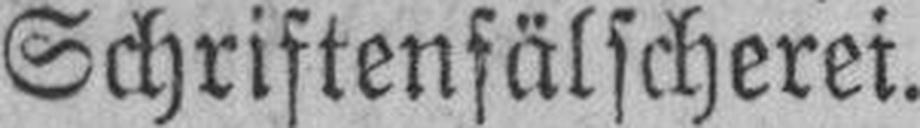
Schriftenfälscherei.